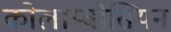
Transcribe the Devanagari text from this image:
कोलाम्बोसियन